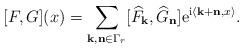
LaTeX: \begin{align*}[F,G](x)=\sum_{{\bf k,n}\in \Gamma_{r}} [\widehat{F}_{\bf k},\widehat{G}_{\bf n}] {\rm e}^{{\rm i}\langle {\bf k+n},x \rangle}. \end{align*}